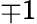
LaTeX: \mp 1